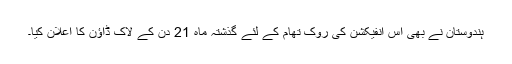
ہندوستان نے بھی اس انفیکشن کی روک تھام کے لئے گذشتہ ماہ 21 دن کے لاک ڈاؤن کا اعلان کیا۔